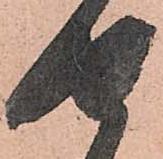
せ